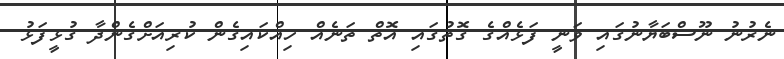
ނެރުނު ނޫސްބަޔާނުގައި ވަނީ ފަޅެއްގެ ގޮތުގައި އޮތް ތަނެއް ހިއްކައިގެން ކުރިއަށްގެންދާ ގުޅީފަޅު